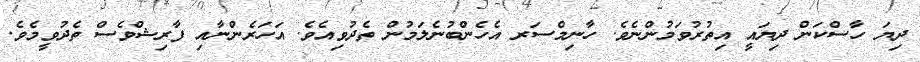
ދިޔަ ހާސްކަން ދިޔައީ އިތުރުވަމުންނެވެ. ހާނިމްސަރ އެހެންބުނެލަމުން ތެދުވިއެވެ. އަހަރެންނާއި ފާރިޝްވެސް ތެދުވީމެވެ.